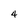
Character: 4